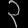
Digit: ၃